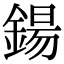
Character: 鍚